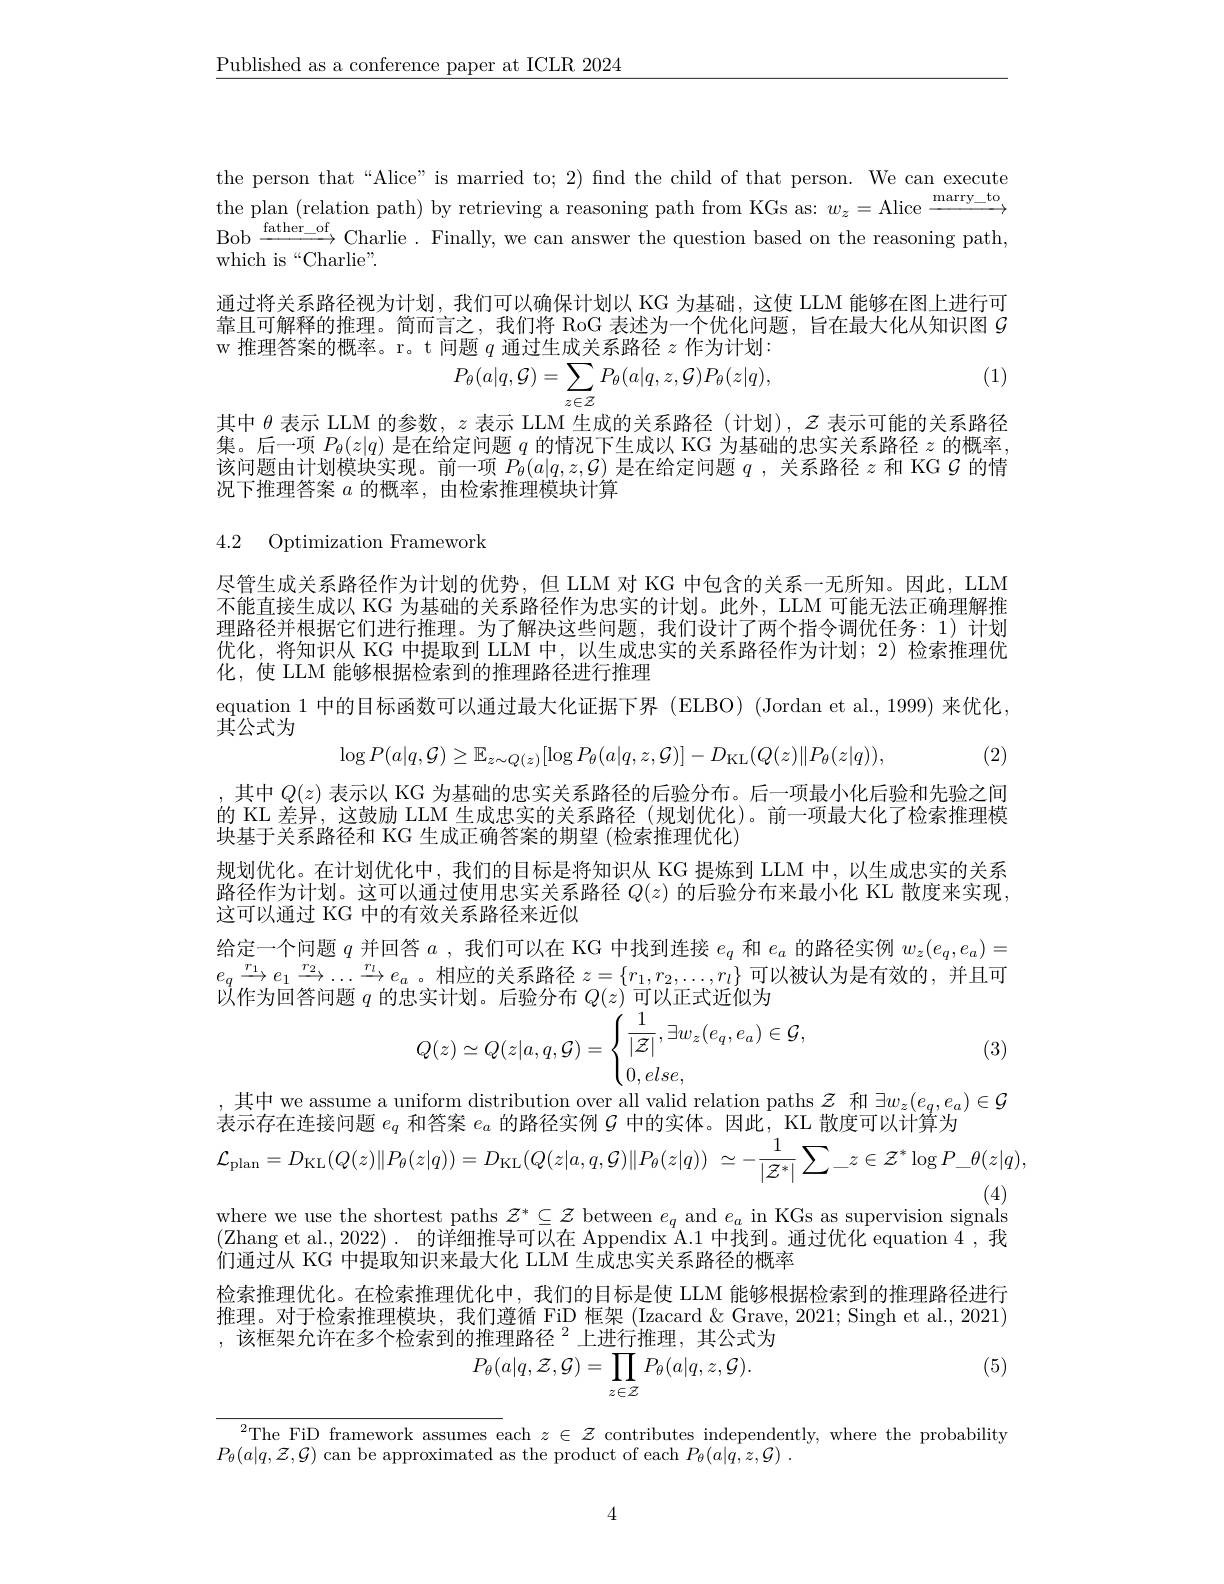
$\underline{\text{Published as a conference paper at ICLR 2024}}$

the person that“Alice” is married to; 2) find the child of that person. We can execute the plan (relation path) by retrieving a reasoning path from KGs as: $w_z=$Alice $\xrightarrow{\mathrm{marry\_to}}$ Bob $\xrightarrow{\mathrm{father\_of}}$Charlie. Finally, we can answer the question based on the reasoning path, which is“Charlie”.
通过将关系路径视为计划，我们可以确保计划以 KG 为基础，这使 LLM 能够在图上进行可靠且可解释的推理。简而言之，我们将 RoG 表述为一个优化问题，旨在最大化从知识图$g$ w 推理答案的概率。r。t 问题$q$通过生成关系路径$z$作为计划：
(1)
$$P_{\theta}(a|q,\mathcal{G})=\sum_{z\in\mathcal{Z}}P_{\theta}(a|q,z,\mathcal{G})P_{\theta}(z|q),$$
其中$\theta$表示 LLM 的参数，$z$表示 LLM 生成的关系路径 (计划), $\mathcal{Z}$表示可能的关系路径集。后一项$P_\theta(z|q)$是在给定问题$q$的情况下生成以 KG 为基础的忠实关系路径$z$的概率， 该问题由计划模块实现。前一项$P_\theta(a|q,z,\mathcal{G})$是在给定问题$q$ ,关系路径$z$和 KG $\mathcal{G}$的情况下推理答案$a$的概率，由检索推理模块计算

4.2 Optimization Framework

尽管生成关系路径作为计划的优势，但 LLM 对 KG 中包含的关系一无所知。因此，LLM 不能直接生成以 KG 为基础的关系路径作为忠实的计划。此外，LLM 可能无法正确理解推理路径并根据它们进行推理。为了解决这些问题，我们设计了两个指令调优任务：1)计划优化，将知识从 KG 中提取到 LLM 中，以生成忠实的关系路径作为计划；2) 检索推理优化，使 LLM 能够根据检索到的推理路径进行推理
equation 1 中的目标函数可以通过最大化证据下界 (ELBO) (Jordan et al., 1999) 来优化，

$\hat{\text{其公式为}}$
$$\log P(a|q,\mathcal G)\geq\mathbb E_{z\sim Q(z)}[\log P_\theta(a|q,z,\mathcal G)]-D_{\mathrm{KL}}(Q(z)\|P_\theta(z|q)),$$
(2)

,其中$Q(z)$ 表示以 KG 为基础的忠实关系路径的后验分布。后一项最小化后验和先验之间的 KL 差异，这鼓励 LLM 生成忠实的关系路径 (规划优化)。前一项最大化了检索推理模块基于关系路径和 KG 生成正确答案的期望 (检索推理优化)
规划优化。在计划优化中，我们的目标是将知识从 KG 提炼到 LLM 中，以生成忠实的关系路径作为计划。这可以通过使用忠实关系路径$Q(z)$的后验分布来最小化 KL 散度来实现， 这可以通过 KG 中的有效关系路径来近似
给 定 一 个 问 题 $q$并回答$a$ , 我 们 可 以 在 KG 中 找 到 连 接 $e_q$和$e_a$的路径实例$w_z(e_q,e_a)=$ $e_{q}\xrightarrow{r_{1}}e_{1}\xrightarrow{r_{2}}\ldots\xrightarrow{r_{l}}e_{a}$。相应的关系路径$z=\{r_1,r_2,\ldots,r_l\}$可以被认为是有效的，并且可$\bar{\text{以作为回答问题 }q\text{ 的忠实计划。后验分布 }Q(z)}$可以正式近似为

(3)
$$Q(z)\simeq Q(z|a,q,\mathcal{G})=\begin{cases}\dfrac{1}{|\mathcal{Z}|},\exists w_{z}(e_{q},e_{a})\in\mathcal{G},\\0,else,\end{cases}$$
$$\mathcal{L}_{\mathrm{plan}}=D_{\mathrm{KL}}(Q(z)\|P_{\theta}(z|q))=D_{\mathrm{KL}}(Q(z|a,q,\mathcal{G})\|P_{\theta}(z|q))\:\simeq-\frac{1}{|\mathcal{Z}^{*}|}\sum_{-}z\in\mathcal{Z}^{*}\log P_{-}\theta(z|q),$$
(4)
$\begin{array}{c}{\mathrm{where~we~use~the~shortest~paths~}Z^{*}\subseteq Z~between~e_{q}~and~e_{a}~in~KGs~as~supervision~signals}\\{(\mathrm{Zhang~et~al.,~2022)~.~~的详细推导可以在~Appendix~A.1~中找到。通过优化~equation~4~,~我}}\end{array}$

,其中 we assume a uniform distribution over all valid relation paths $\mathcal{Z}$和$\exists w_z(e_q,e_a)\in\mathcal{G}$
表示存在连接问题$e_q$和答案$e_a$的路径实例$G$中的实体。因此，KL 散度可以计算为
们通过从 KG 中提取知识来最大化 LLM 生成忠实关系路径的概率
检索推理优化。在检索推理优化中，我们的目标是使 LLM 能够根据检索到的推理路径进行推理。对于检索推理模块，我们遵循 FiD 框架 (Izacard &Grave, 2021; Singh et al., 2021) $,\text{ 该框架允许在多个检索到的推理路径 }^{2}$上进行推理，其公式为
(5)
$$P_{\theta}(a|q,\mathcal{Z},\mathcal{G})=\prod_{z\in\mathcal{Z}}P_{\theta}(a|q,z,\mathcal{G}).$$
$^{2}$The FiD framework assumes each $z\in\mathcal{Z}$ contributes independently, where the probability
$P_{\theta}(a|q,\mathcal{Z},\mathcal{G})$ can be approximated as the product of each $P_{\theta }( a| \dot{q} , z, \mathcal{G} )$ .

4